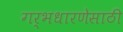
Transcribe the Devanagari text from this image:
गर्भधारणेसाठी